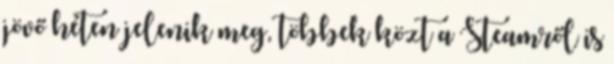
jövő héten jelenik meg, többek közt a Steamről is